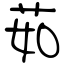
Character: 茹